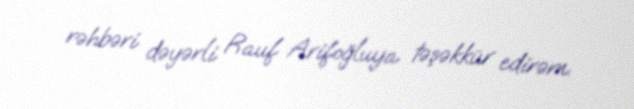
rəhbəri dəyərli Rauf Arifoğluya təşəkkür edirəm.